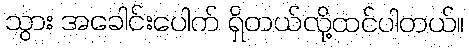
သွား အခေါင်းပေါက် ရှိတယ်လို့ထင်ပါတယ်။